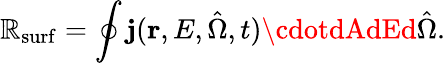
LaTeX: \mathbb{R}_{\mathrm{{surf}}}=\oint\mathbf{{j}}(\mathbf{{r}},E,\hat{{\Omega}},t)\cdotdAdEd\hat{{\Omega}}.